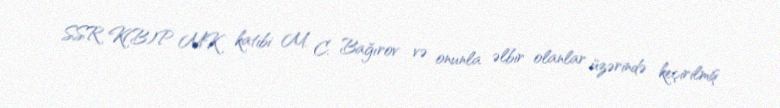
SSR K(B)P MK katibi M. C. Bağırov və onunla əlbir olanlar üzərində keçirilmiş